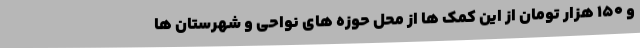
و 150 هزار تومان از این کمک ها از محل حوزه های نواحی و شهرستان ها